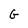
Character: G